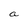
Character: a